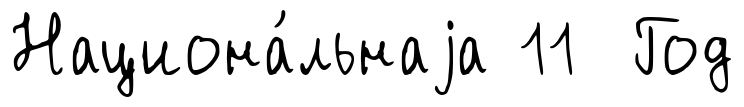
Национа́льнаjа 11 Год